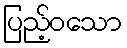
ပြည့်ဝသော